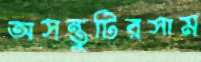
অসন্তুটিরসাম